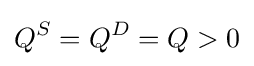
Q^{S}=Q^{D}=Q>0